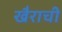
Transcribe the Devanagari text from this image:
खैराची